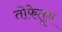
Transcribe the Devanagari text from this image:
तोफेतून